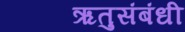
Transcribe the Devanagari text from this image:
ऋतुसंबंधी